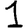
Digit: 1